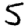
Digit: 5